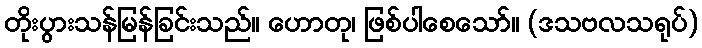
တိုးပွားသန်မြန်ခြင်းသည်။ ဟောတု၊ ဖြစ်ပါစေသော်။ (ဒသဗလသရုပ်)